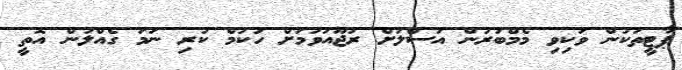
ޕާޓީތަކުން ވަކިވި މެމްބަރުން އަސްލަށް ރުޖޫއަވުމަށް ހުކުމް ކުރި ނަމަ ގެއްލުން އޮތީ